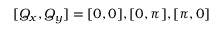
[ Q _ { x } , Q _ { y } ] = [ 0 , 0 ] , [ 0 , \pi ] , [ \pi , 0 ]